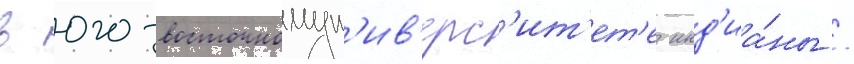
в юго-восточномун'ив'ерс'ит'ет'е инд'иа́ны /